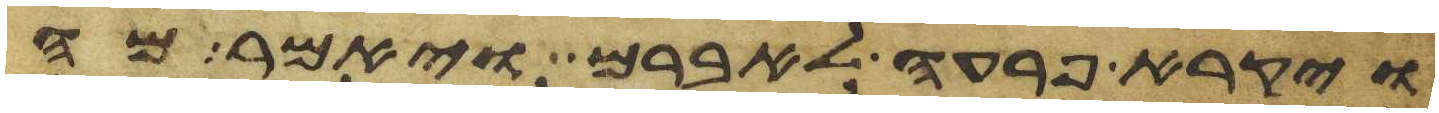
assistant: ויקרא פרעה לאברם ויאמר מה